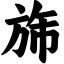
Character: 旆